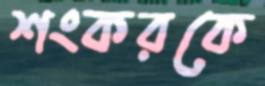
শংকরকে